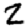
Digit: 2